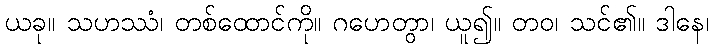
ယခု။ သဟဿံ၊ တစ်ထောင်ကို။ ဂဟေတွာ၊ ယူ၍။ တဝ၊ သင်၏။ ဒါနေ၊